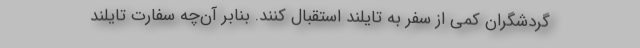
گردشگران کمی از سفر به تایلند استقبال کنند. بنابر آن‌چه سفارت تایلند